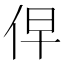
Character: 𰁹